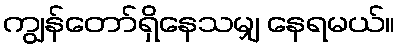
ကျွန်တော်ရှိနေသမျှ နေရမယ်။